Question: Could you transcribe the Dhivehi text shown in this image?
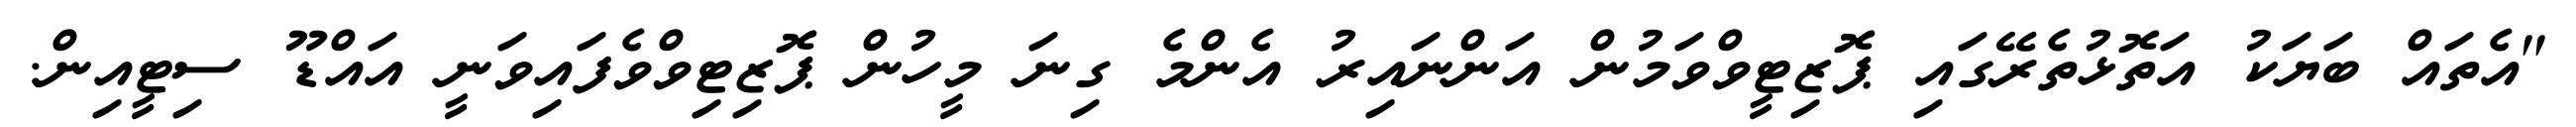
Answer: "އެތައް ބަޔަކު އަތޮޅުތެރޭގައި ޕޮޒިޓީވްވަމުން އަންނައިރު އެންމެ ގިނަ މީހުން ޕޮޒިޓިވްވެފައިވަނީ އައްޑޫ ސިޓީއިން.